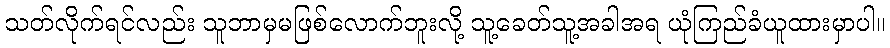
သတ်လိုက်ရင်လည်း သူဘာမှမဖြစ်လောက်ဘူးလို့ သူ့ခေတ်သူ့အခါအရ ယုံကြည်ခံယူထားမှာပါ။